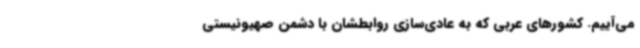
می‌آییم. کشورهای عربی که به عادی‌سازی روابطشان با دشمن صهیونیستی